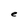
Character: e